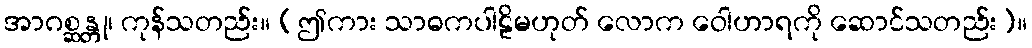
အာဂစ္ဆန္တု၊ ကုန်သတည်း။ (ဤကား သာဓကပါဠိမဟုတ် လောက ဝေါဟာရကို ဆောင်သတည်း)။